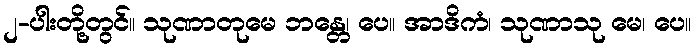
၂-ပါးတို့တွင်။ သုဏာတုမေ ဘန္တေ၊ ပေ။ အာဒိကံ၊ သုဏာသု မေ၊ ပေ။